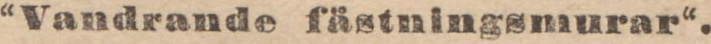
“Vandrande fästningsmurar“.